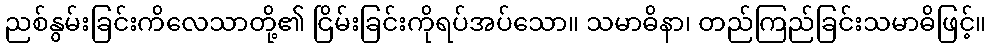
ညစ်နွမ်းခြင်းကိလေသာတို့၏ ငြိမ်းခြင်းကိုရပ်အပ်သော။ သမာဓိနာ၊ တည်ကြည်ခြင်းသမာဓိဖြင့်။